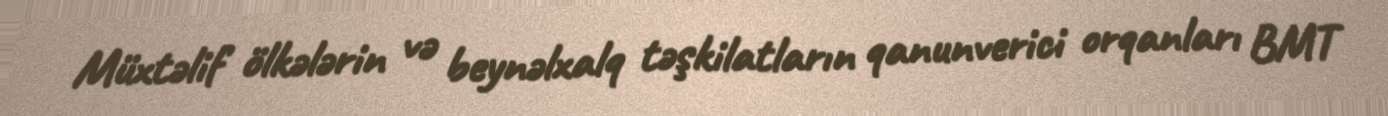
Müxtəlif ölkələrin və beynəlxalq təşkilatların qanunverici orqanları BMT